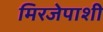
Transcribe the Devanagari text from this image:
मिरजेपाशी